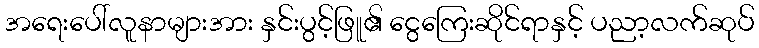
အရေးပေါ်လူနာများအား နှင်းပွင့်ဖြူ၏ ငွေကြေးဆိုင်ရာနှင့် ပညာ့လက်ဆုပ်